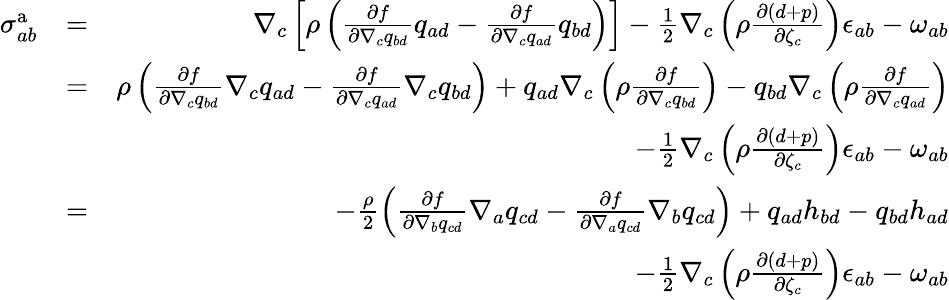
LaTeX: \begin{array}{rlr}{{\sigma}_{ab}^{\mathrm{a}}}&{=}&{\nabla_{c}\left[\rho\left(\frac{\partial f}{\partial\nabla_{c}q_{bd}}q_{ad}-\frac{\partial f}{\partial\nabla_{c}q_{ad}}q_{bd}\right)\right]-\frac{1}{2}\nabla_{c}\left(\rho\frac{\partial(d+p)}{\partial\zeta_{c}}\right)\epsilon_{ab}-\omega_{ab}}\\ &{=}&{\rho\left(\frac{\partial f}{\partial\nabla_{c}q_{bd}}\nabla_{c}q_{ad}-\frac{\partial f}{\partial\nabla_{c}q_{ad}}\nabla_{c}q_{bd}\right)+q_{ad}\nabla_{c}\left(\rho\frac{\partial f}{\partial\nabla_{c}q_{bd}}\right)-q_{bd}\nabla_{c}\left(\rho\frac{\partial f}{\partial\nabla_{c}q_{ad}}\right)}\\ &{}&{-\frac{1}{2}\nabla_{c}\left(\rho\frac{\partial(d+p)}{\partial\zeta_{c}}\right)\epsilon_{ab}-\omega_{ab}}\\ &{=}&{-\frac{\rho}{2}\left(\frac{\partial f}{\partial\nabla_{b}q_{cd}}\nabla_{a}q_{cd}-\frac{\partial f}{\partial\nabla_{a}q_{cd}}\nabla_{b}q_{cd}\right)+q_{ad}h_{bd}-q_{bd}h_{ad}}\\ &{}&{-\frac{1}{2}\nabla_{c}\left(\rho\frac{\partial(d+p)}{\partial\zeta_{c}}\right)\epsilon_{ab}-\omega_{ab}}\end{array}